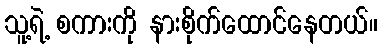
သူ့ရဲ့ စကားကို နားစိုက်ထောင်နေတယ်။